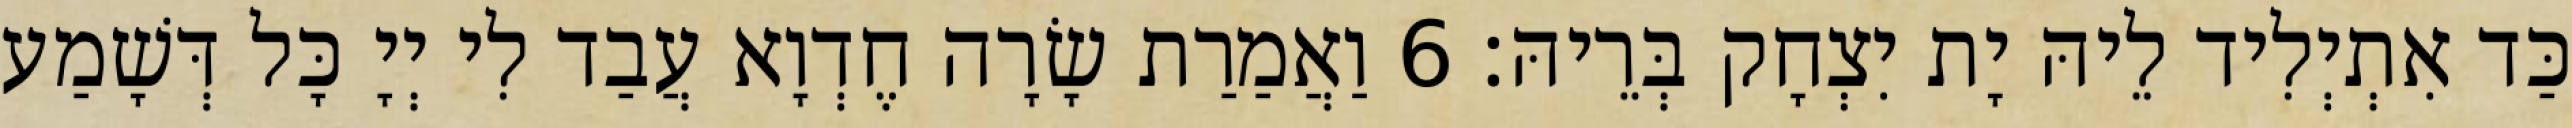
כַּד אִתְיְלִיד לֵיהּ יָת יִצְחָק בְּרֵיהּ׃ 6 וַאֲמַרַת שָׂרָה חֶדְוָא עֲבַד לִי יְיָ כָּל דְּשָׁמַע